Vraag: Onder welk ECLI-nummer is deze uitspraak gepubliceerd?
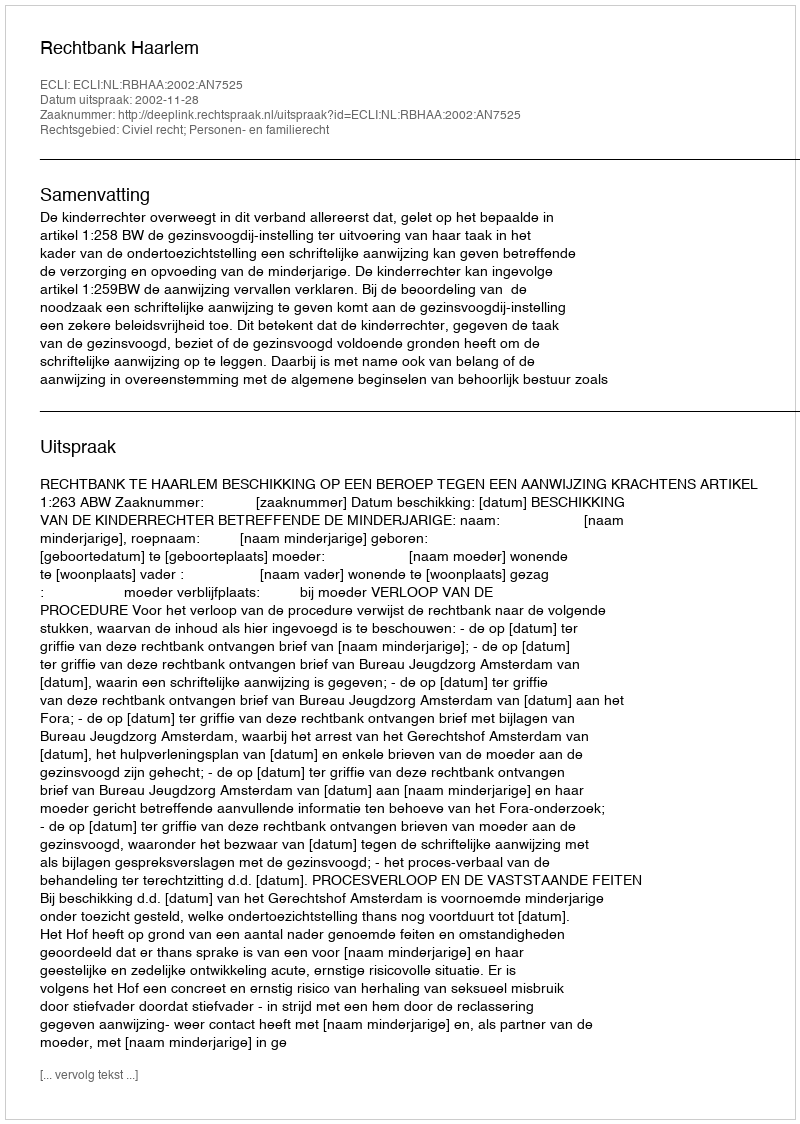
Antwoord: ECLI:NL:RBHAA:2002:AN7525